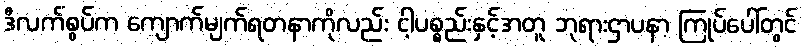
ဒီလက်စွပ်က ကျောက်မျက်ရတနာကိုလည်း ငါ့ပစ္စည်းနှင့်အတူ ဘုရားဌာပနာ ကြုပ်ပေါ်တွင်